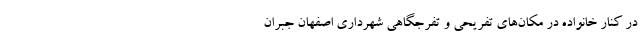
در کنار خانواده در مکان‌های تفریحی و تفرجگاهی شهرداری اصفهان جبران